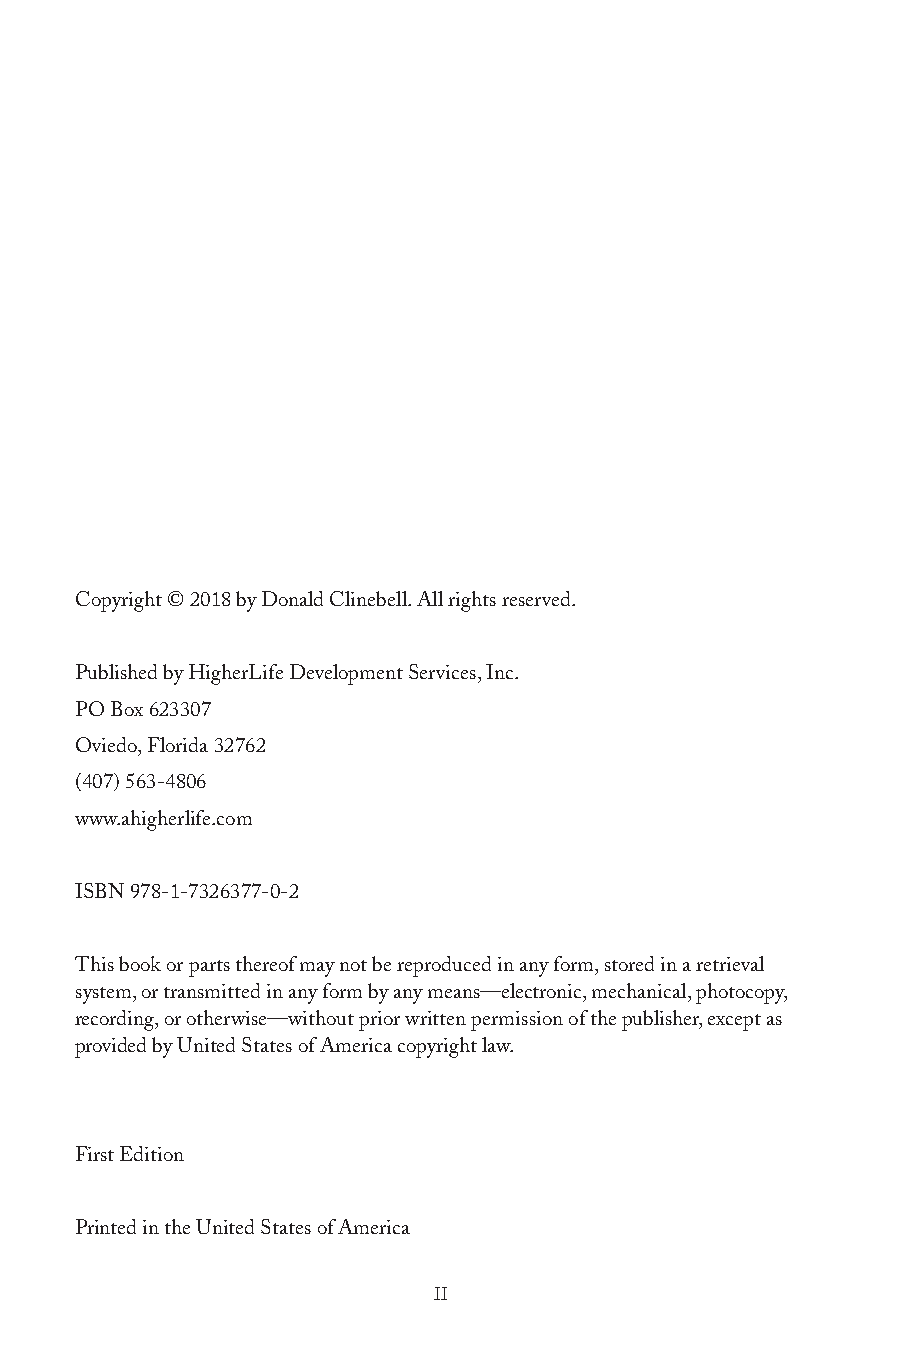
Copyright © 2018 by Donald Clinebell. All rights reserved.
 Published by HigherLife Development Services, Inc.
 PO Box 623307
 Oviedo, Florida 32762
 (407) 563-4806
 www.ahigherlife.com
 ISBN 978-1-7326377-0-2
 This book or parts thereof may not be reproduced in any form, stored in a retrieval
 system, or transmitted in any form by any means—electronic, mechanical, photocopy,
 recording, or otherwise—without prior written permission of the publisher, except as
 provided by United States of America copyright law.
 First Edition
 Printed in the United States of America
 II